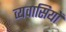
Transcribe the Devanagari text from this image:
व्यवासियों